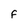
Character: F